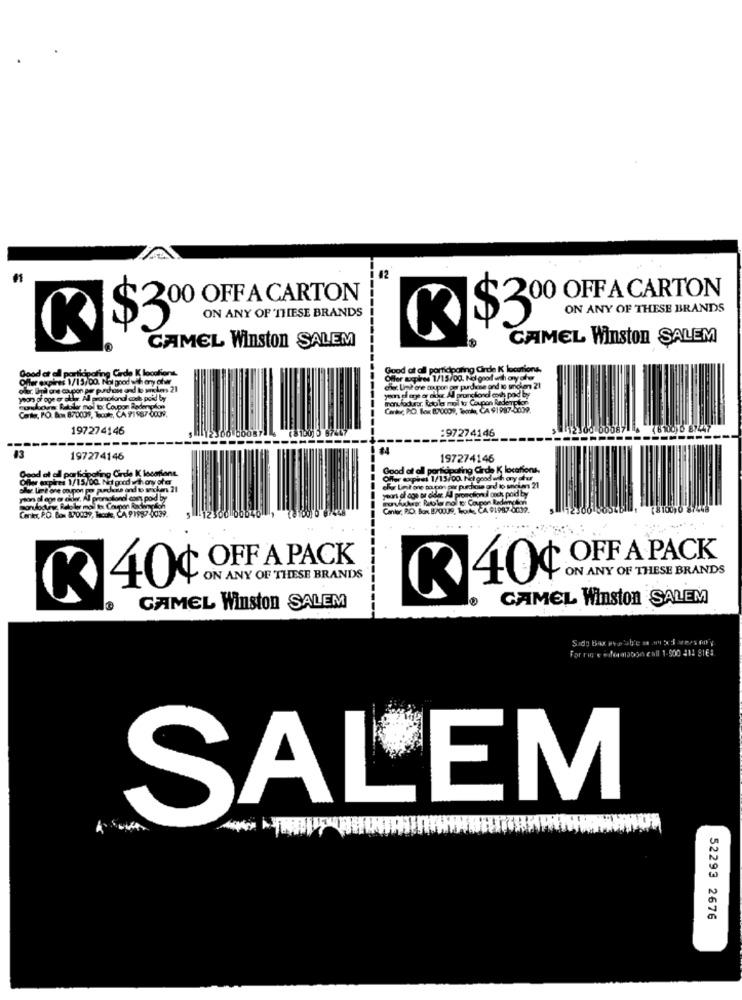
42
200 OFF A CARTON
$200 OFF A CARTON
ON ANY OF THESE BRANDS
ON ANY OF THESE BRANDS
R $3º
RJ$3º
CAMEL Winston SALEM
CAMEL Winston SALEM
--------
Good at all participafing Cirde K locations.
Good at all participating Cirde K locations,
Offer expires 1/15/00. Noi good with any ofw
Offer auxpires 1/15/00. Nol good anh any ofw
ofer. Ipiù anne coupon per purchase and lo aches 21
chi. Und one coupon per pudiese and io unoion 21
years of age er aler. All promotional cock paid by
yonel op er sikt Al prunclond oush pod by
menviodurur, Rotola mol to Coupon Redemption
Contr, P.O. Box 870001, Tecute, CA 91987 6039.
Cankc, PO. Box 870009, Temka, CA 91987 5039.
197274146
:97274146
------
197274146
197274146
Good ol all participating Girde K locaant
Good af all participating Girde K locations.
Good af
Ofle expires 1/15/00. No good withany oher
Offer expasi 1/15/00. No good wih ary afur
ws 21
elg Liet one coupon por puedose ond to anciens 21
rions al ege er adler, Al promotiondl cons poid by
years of age or older All promotionul onch paid by
Conker, P.O. Box 870039, Tacoke, CA 91987 0039.
Cantor, PO. Box. 870009, LoA, CA 91987-0009.
OFF A PACK
40¢ OFF A PACK
ON ANY OF THESE BRANDS
ON ANY OF THESE BRANDS
K 40¢
K
CAMEL Winston SALEM
GAMEL Winston SALEM
Sady Box Pro baby'e a 3 5 Sarees mor'y.
Forrige sidenatation call 1-900 212 816:
SALEM
52293 2676